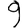
Digit: 9